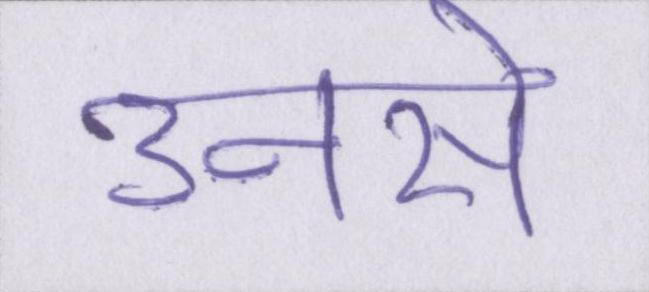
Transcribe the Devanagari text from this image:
उनसे